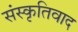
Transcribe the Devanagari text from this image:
संस्कृतिवाद